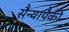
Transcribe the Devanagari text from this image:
सैन्यापैकी